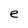
Character: e